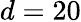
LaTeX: d=20